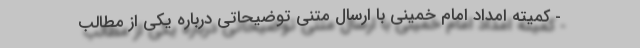
- کمیته امداد امام خمینی با ارسال متنی توضیحاتی درباره یکی از مطالب